Scientific memoirs by medical officers of the Army of India - Part VII,
Year: 1892
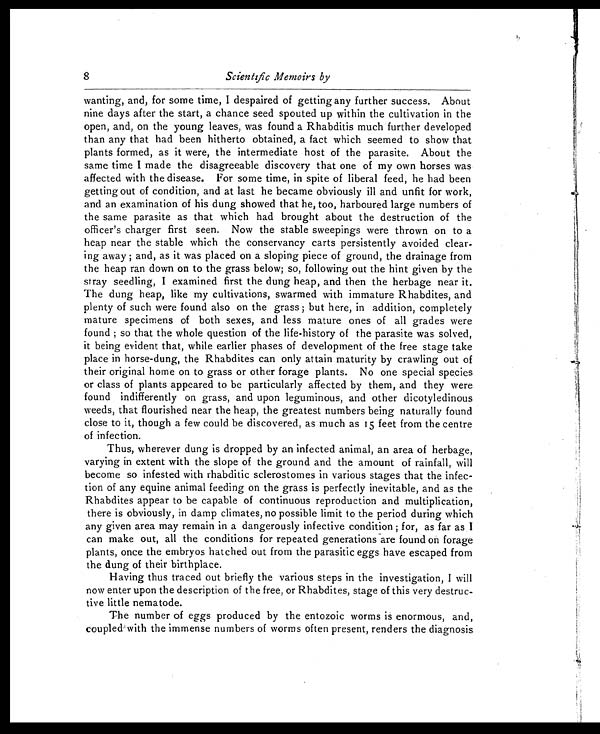
8
Scientific Memoirs by
wanting, and, for some time, I despaired of getting any further success. About
nine days after the start, a chance seed spouted up within the cultivation in the
open, and, on the young leaves, was found a Rhabditis much further developed
than any that had been hitherto obtained, a fact which seemed to show that
plants formed, as it were, the intermediate host of the parasite. About the
same time I made the disagreeable discovery that one of my own horses was
affected with the disease. For some time, in spite of liberal feed, he had been
getting out of condition, and at last he became obviously ill and unfit for work,
and an examination of his dung showed that he, too, harboured large numbers of
the same parasite as that which had brought about the destruction of the
officer's charger first seen. Now the stable sweepings were thrown on to a
heap near the stable which the conservancy carts persistently avoided clear-
ing away ; and, as it was placed on a sloping piece of ground, the drainage from
the heap ran down on to the grass below; so, following out the hint given by the
stray seedling, I examined first the dung heap, and then the herbage near it.
The dung heap, like my cultivations, swarmed with immature Rhabdites, and
plenty of such were found also on the grass ; but here, in addition, completely
mature specimens of both sexes, and less mature ones of all grades were
found ; so that the whole question of the life-history of the parasite was solved,
it being evident that, while earlier phases of development of the free stage take
place in horse-dung, the Rhabdites can only attain maturity by crawling out of
their original home on to grass or other forage plants. No one special species
or class of plants appeared to be particularly affected by them, and they were
found indifferently on grass, and upon leguminous, and other dicotyledinous
weeds, that flourished near the heap, the greatest numbers being naturally found
close to it, though a few could be discovered, as much as t 5 feet from the centre
of infection.
Thus, wherever dung is dropped by an infected animal, an area of herbage,
varying in extent with the slope of the ground and the amount of rainfall, will
become so infested with rhabditic sclerostomes in various stages that the infec-
tion of any equine animal feeding on the grass is perfectly inevitable, and as the
Rhabdites appear to be capable of continuous reproduction and multiplication,
there is obviously, in damp climates, no possible limit to the period during which
any given area may remain in a dangerously infective condition ; for, as far as I
can make out, all the conditions for repeated generations are found on forage
plants, once the embryos hatched out from the parasitic eggs have escaped from
the dung of their birthplace.
Having thus traced out briefly the various steps in the investigation, I will
now enter upon the description of the free, or Rhabdites, stage of this very destruc-
tive little nematode.
The number of eggs produced by the entozoic worms is enormous, and,
coupled with the immense numbers of worms often present, renders the diagnosis